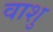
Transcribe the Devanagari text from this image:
वाशु